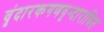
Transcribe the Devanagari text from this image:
वृंदारकगणवृन्दाराधित